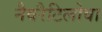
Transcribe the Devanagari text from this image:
नैवरैटिलोवा